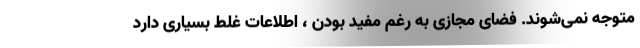
متوجه نمی‌شوند. فضای مجازی به رغم مفید بودن ، اطلاعات غلط بسیاری دارد